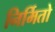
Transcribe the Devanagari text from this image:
निर्मितो